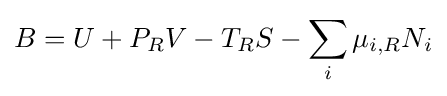
B=U+P_{R}V-T_{R}S-\sum _{i}\mu _{i,R}N_{i}